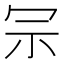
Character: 𠖀